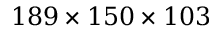
1 8 9 \times 1 5 0 \times 1 0 3